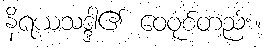
နိရယသဒ္ဒါ၏ ဝေဝုစ်တည်း။